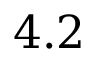
4 . 2